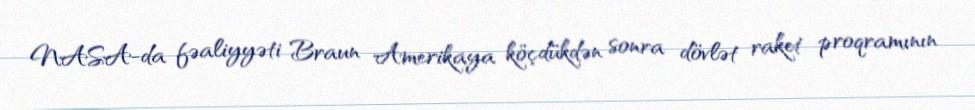
NASA-da fəaliyyəti Braun Amerikaya köçdükdən sonra dövlət raket proqramının